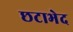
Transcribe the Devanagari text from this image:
छटाभेद